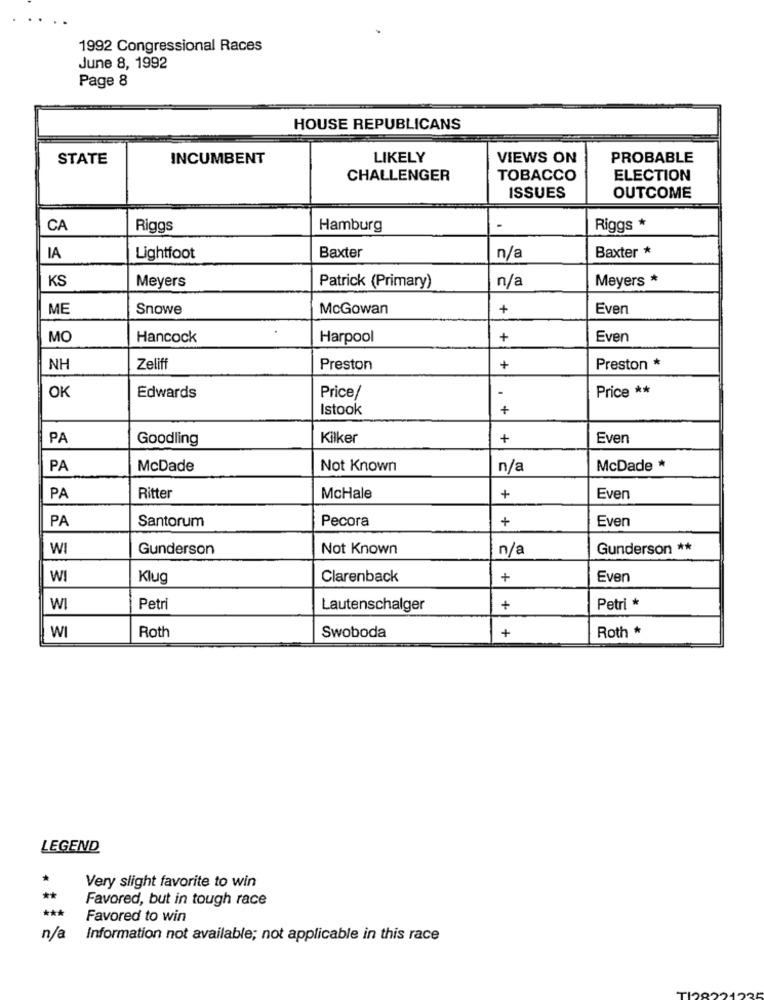
1992 Congressional Races
June 8, 1992
Page 8
HOUSE REPUBLICANS
STATE
INCUMBENT
LIKELY
VIEWS ON
PROBABLE
CHALLENGER
TOBACCO
ELECTION
ISSUES
OUTCOME
CA
Riggs
Hamburg
Riggs *
Baxter
Baxter *
IA
Lightfoot
n/a
KS
Meyers
n/a
Meyers *
Patrick (Primary)
ME
Snowe
McGowan
+
Even
MC
Hancock
Harpool
+
Even
NH
Zeliff
Preston
+
Preston *
Price **
OK
Edwards
Price/
Istook
+
PA
Goodling
Kilker
+
Even
PA
McDade
Not Known
n/a
McDade *
PA
Ritter
McHale
+
Even
PA
Santorum
Pecora
+
Even
WI
Gunderson
Not Known
n/a
Gunderson **
WI
Klug
Clarenback
+
Even
WI
Petri
Lautenschalger
+
Petri *
WI
+
Roth *
Roth
Swoboda
LEGEND
Very slight favorite to win
**
Favored, but in tough race
***
Favored to win
n/a
Information not available; not applicable in this race